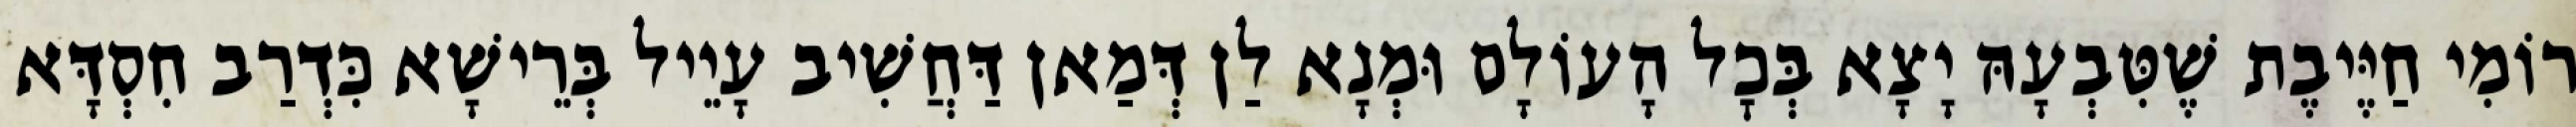
רוֹמִי חַיֶּיבֶת שֶׁטִּבְעָהּ יָצָא בְּכׇל הָעוֹלָם וּמְנָא לַן דְּמַאן דַּחֲשִׁיב עָיֵיל בְּרֵישָׁא כִּדְרַב חִסְדָּא